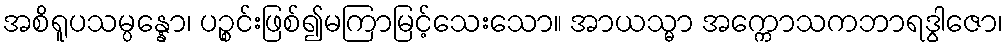
အစိရူပသမ္ပန္နော၊ ပဉ္စင်းဖြစ်၍မကြာမြင့်သေးသော။ အာယသ္မာ အက္ကောသကဘာရဒွါဇော၊